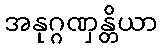
အနုဂ္ဂဏှန္တိယာ